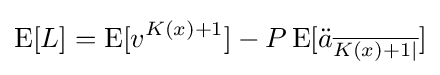
\operatorname {E} [L]=\operatorname {E} [v^{K(x)+1}]-P\operatorname {E} [{\ddot {a}}_{\overline {K(x)+1|}}]